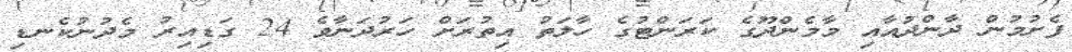
ފެށުމުން ދާންދުއާއި މާމެންދޫގެ ކަރަންޓުގެ ހާލަތު އިތުރަށް ހަރުދަނާވެ 24 ގަޑިއިރު މެދުނުކެނޑި